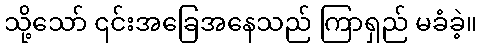
သို့သော် ၎င်းအခြေအနေသည် ကြာရှည် မခံခဲ့။